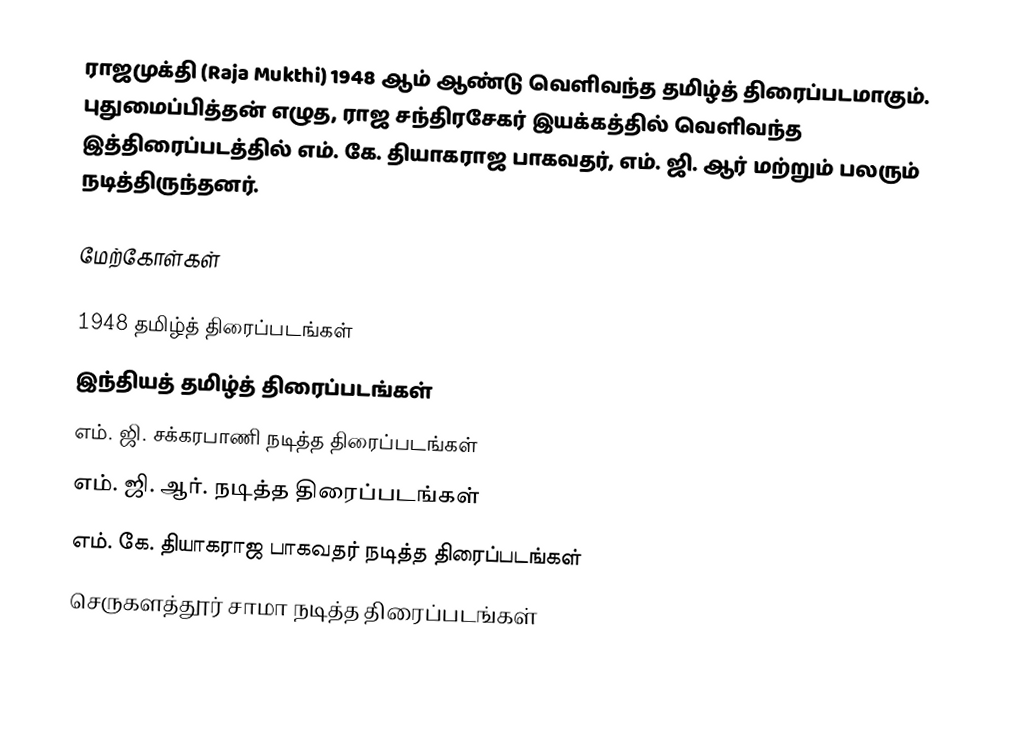
ராஜமுக்தி (Raja Mukthi) 1948 ஆம் ஆண்டு வெளிவந்த தமிழ்த் திரைப்படமாகும். புதுமைப்பித்தன் எழுத,  ராஜ சந்திரசேகர் இயக்கத்தில் வெளிவந்த இத்திரைப்படத்தில் எம். கே. தியாகராஜ பாகவதர், எம். ஜி. ஆர் மற்றும் பலரும் நடித்திருந்தனர்.

மேற்கோள்கள்

1948 தமிழ்த் திரைப்படங்கள்
இந்தியத் தமிழ்த் திரைப்படங்கள்
எம். ஜி. சக்கரபாணி நடித்த திரைப்படங்கள்
எம். ஜி. ஆர். நடித்த திரைப்படங்கள்
எம். கே. தியாகராஜ பாகவதர் நடித்த திரைப்படங்கள்
செருகளத்தூர் சாமா நடித்த திரைப்படங்கள்